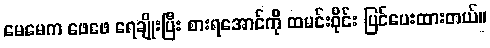
မေမေက ဖေဖေ ရေချိုးပြီး စားရအောင်ကို ထမင်းဝိုင်း ပြင်ပေးထားတယ်။